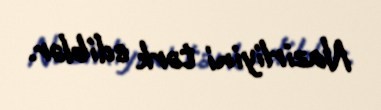
Nazirliyini tərk ediblər.